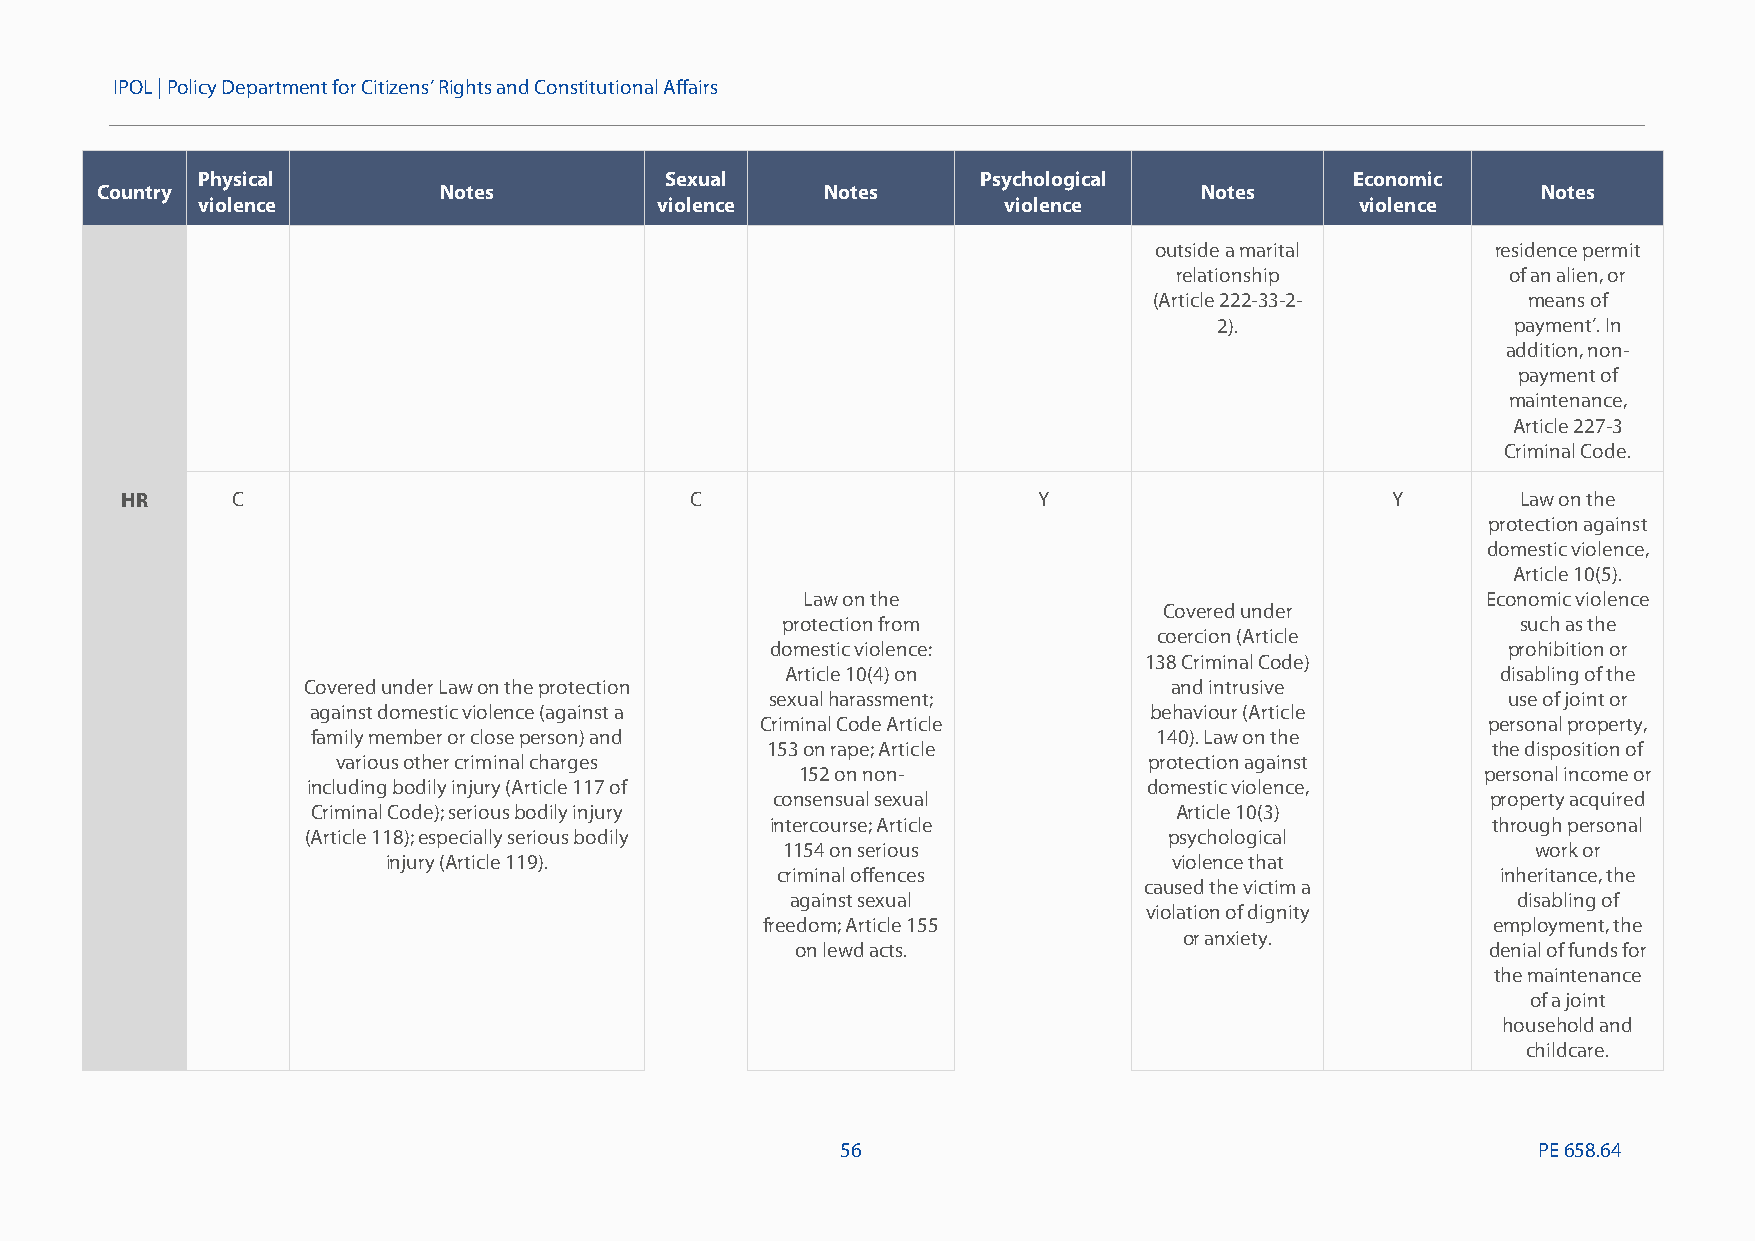
IPOL |Policy Department for Citizens’ Rights and Constitutional Affairs
 Physical                       Sexual               Psychological            Economic
 Country                Notes                     Notes                   Notes                  Notes
 violence                      violence               violence                violence
 outside a marital      residence permit
 relationship          of an alien, or
 (Article 222-33-2-       means of
 2).                payment’. In
 addition, non-
 payment of
 maintenance,
 Article 227-3
 Criminal Code.
 HR     C                              C                      Y                      Y        Law on the
 protection against
 domestic violence,
 Article 10(5).
 Law on the                                   Economic violence
 Covered under
 protection from                                  such as the
 coercion (Article
 domestic violence:                               prohibition or
 138 Criminal Code)
 Article 10(4) on                               disabling of the
 Covered under Law on the protection                       and intrusive
 sexualharassment;                                use of joint or
 against domestic violence (against a                   behaviour (Article
 Criminal Code Article                           personal property,
 family member or closeperson) and                       140). Law on the
 153 on rape; Article                            the disposition of
 various other criminal charges                        protection against
 152 on non-                                  personal income or
 including bodily injury (Article 117 of                 domestic violence,
 consensual sexual                               property acquired
 Criminal Code); serious bodily injury                    Article 10(3)
 intercourse; Article                            through personal
 (Article 118); especially serious bodily                 psychological
 1154 on serious                                   work or
 injury (Article 119).                               violence that
 criminal offences                               inheritance, the
 caused the victim a
 against sexual                                  disabling of
 violation of dignity
 freedom; Article 155                             employment, the
 or anxiety.
 on lewd acts.                                 denial of funds for
 the maintenance
 of a joint
 household and
 childcare.
 56                                            PE658.64